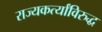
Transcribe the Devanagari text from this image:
राज्यकर्त्यांविरुद्ध